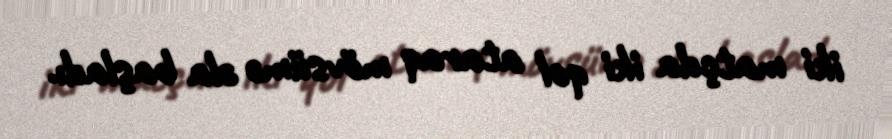
iki matçda iki qol ataraq mövsümə əla başladı.